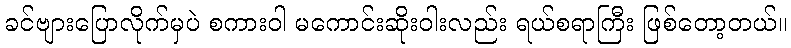
ခင်ဗျားပြောလိုက်မှပဲ စကားဝါ မကောင်းဆိုးဝါးလည်း ရယ်စရာကြီး ဖြစ်တော့တယ်။